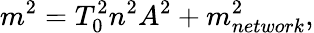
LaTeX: m^{2}=T_{0}^{2}n^{2}A^{2}+m_{network}^{2},